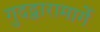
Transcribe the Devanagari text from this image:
गुदद्वारामार्गे